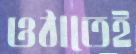
ওঠাতেই